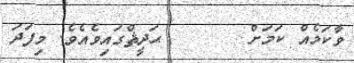
ވާކަމެއް ކަމަށް       ޙަދީޘްގައިވެއެވެ. މިފަދަ